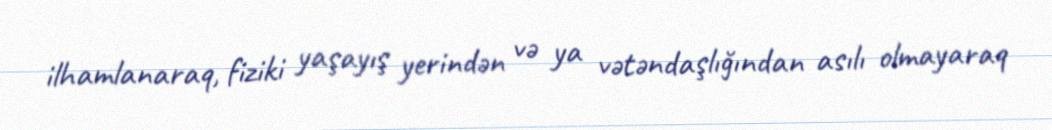
ilhamlanaraq, fiziki yaşayış yerindən və ya vətəndaşlığından asılı olmayaraq